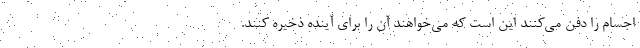
اجسام را دفن می‌کنند این است که می‌خواهند آن را برای آینده ذخیره کنند.